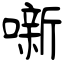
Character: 噺